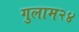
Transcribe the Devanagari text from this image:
गुलाम२४